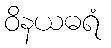
ဝိနယဓရံ